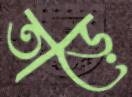
তাড়ে